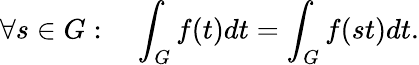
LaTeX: \forall s\in G:\quad\int_{G}f(t)dt=\int_{G}f(st)dt.